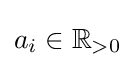
a_{i}\in \mathbb {R} _{>0}